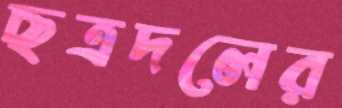
ছত্রদলের